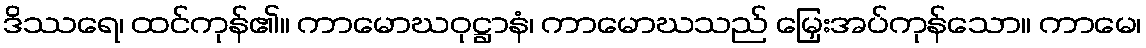
ဒိဿရေ၊ ထင်ကုန်၏။ ကာမောဃဝုဋ္ဌာနံ၊ ကာမောဃသည် မြှေးအပ်ကုန်သော။ ကာမေ၊